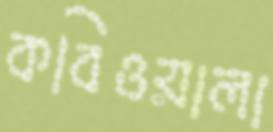
কবিওয়ালা